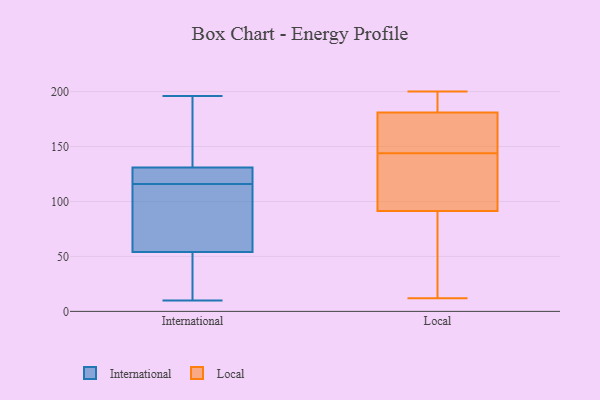
{"axis": {"x": "LTV (USD)", "y": "Value"}, "legend": ["International", "Local"], "data": [{"x": "", "y": 113, "type": "International"}, {"x": "", "y": 10, "type": "International"}, {"x": "", "y": 14, "type": "International"}, {"x": "", "y": 196, "type": "International"}, {"x": "", "y": 130, "type": "International"}, {"x": "", "y": 129, "type": "International"}, {"x": "", "y": 179, "type": "International"}, {"x": "", "y": 50, "type": "International"}, {"x": "", "y": 58, "type": "International"}, {"x": "", "y": 121, "type": "International"}, {"x": "", "y": 132, "type": "International"}, {"x": "", "y": 84, "type": "International"}, {"x": "", "y": 42, "type": "International"}, {"x": "", "y": 98, "type": "International"}, {"x": "", "y": 119, "type": "International"}, {"x": "", "y": 160, "type": "International"}, {"x": "", "y": 127, "type": "Local"}, {"x": "", "y": 178, "type": "Local"}, {"x": "", "y": 158, "type": "Local"}, {"x": "", "y": 160, "type": "Local"}, {"x": "", "y": 144, "type": "Local"}, {"x": "", "y": 12, "type": "Local"}, {"x": "", "y": 184, "type": "Local"}, {"x": "", "y": 103, "type": "Local"}, {"x": "", "y": 199, "type": "Local"}, {"x": "", "y": 33, "type": "Local"}, {"x": "", "y": 36, "type": "Local"}, {"x": "", "y": 160, "type": "Local"}, {"x": "", "y": 182, "type": "Local"}, {"x": "", "y": 90, "type": "Local"}, {"x": "", "y": 14, "type": "Local"}, {"x": "", "y": 100, "type": "Local"}, {"x": "", "y": 195, "type": "Local"}, {"x": "", "y": 200, "type": "Local"}, {"x": "", "y": 95, "type": "Local"}]}